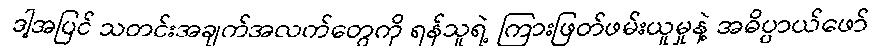
ဒါ့အပြင် သတင်းအချက်အလက်တွေကို ရန်သူရဲ့ ကြားဖြတ်ဖမ်းယူမှုနဲ့ အဓိပ္ပာယ်ဖော်